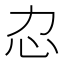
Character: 𢖰